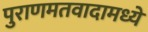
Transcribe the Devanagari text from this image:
पुराणमतवादामध्ये